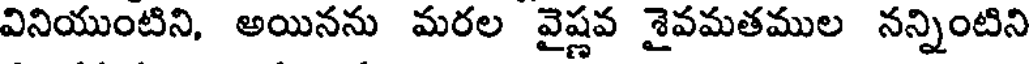
వినియుంటిని, అయినను మరల వైష్ణవ శైవమతముల నన్నింటిని